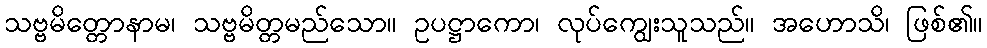
သဗ္ဗမိတ္တောနာမ၊ သဗ္ဗမိတ္တမည်သော။ ဥပဋ္ဌာကော၊ လုပ်ကျွေးသူသည်။ အဟောသိ၊ ဖြစ်၏။